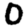
Digit: 0